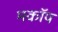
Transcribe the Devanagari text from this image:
मकॉय